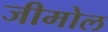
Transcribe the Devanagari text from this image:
जीमोल